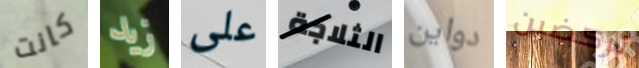
كانت زيد على الثلاجة دواين تركضين